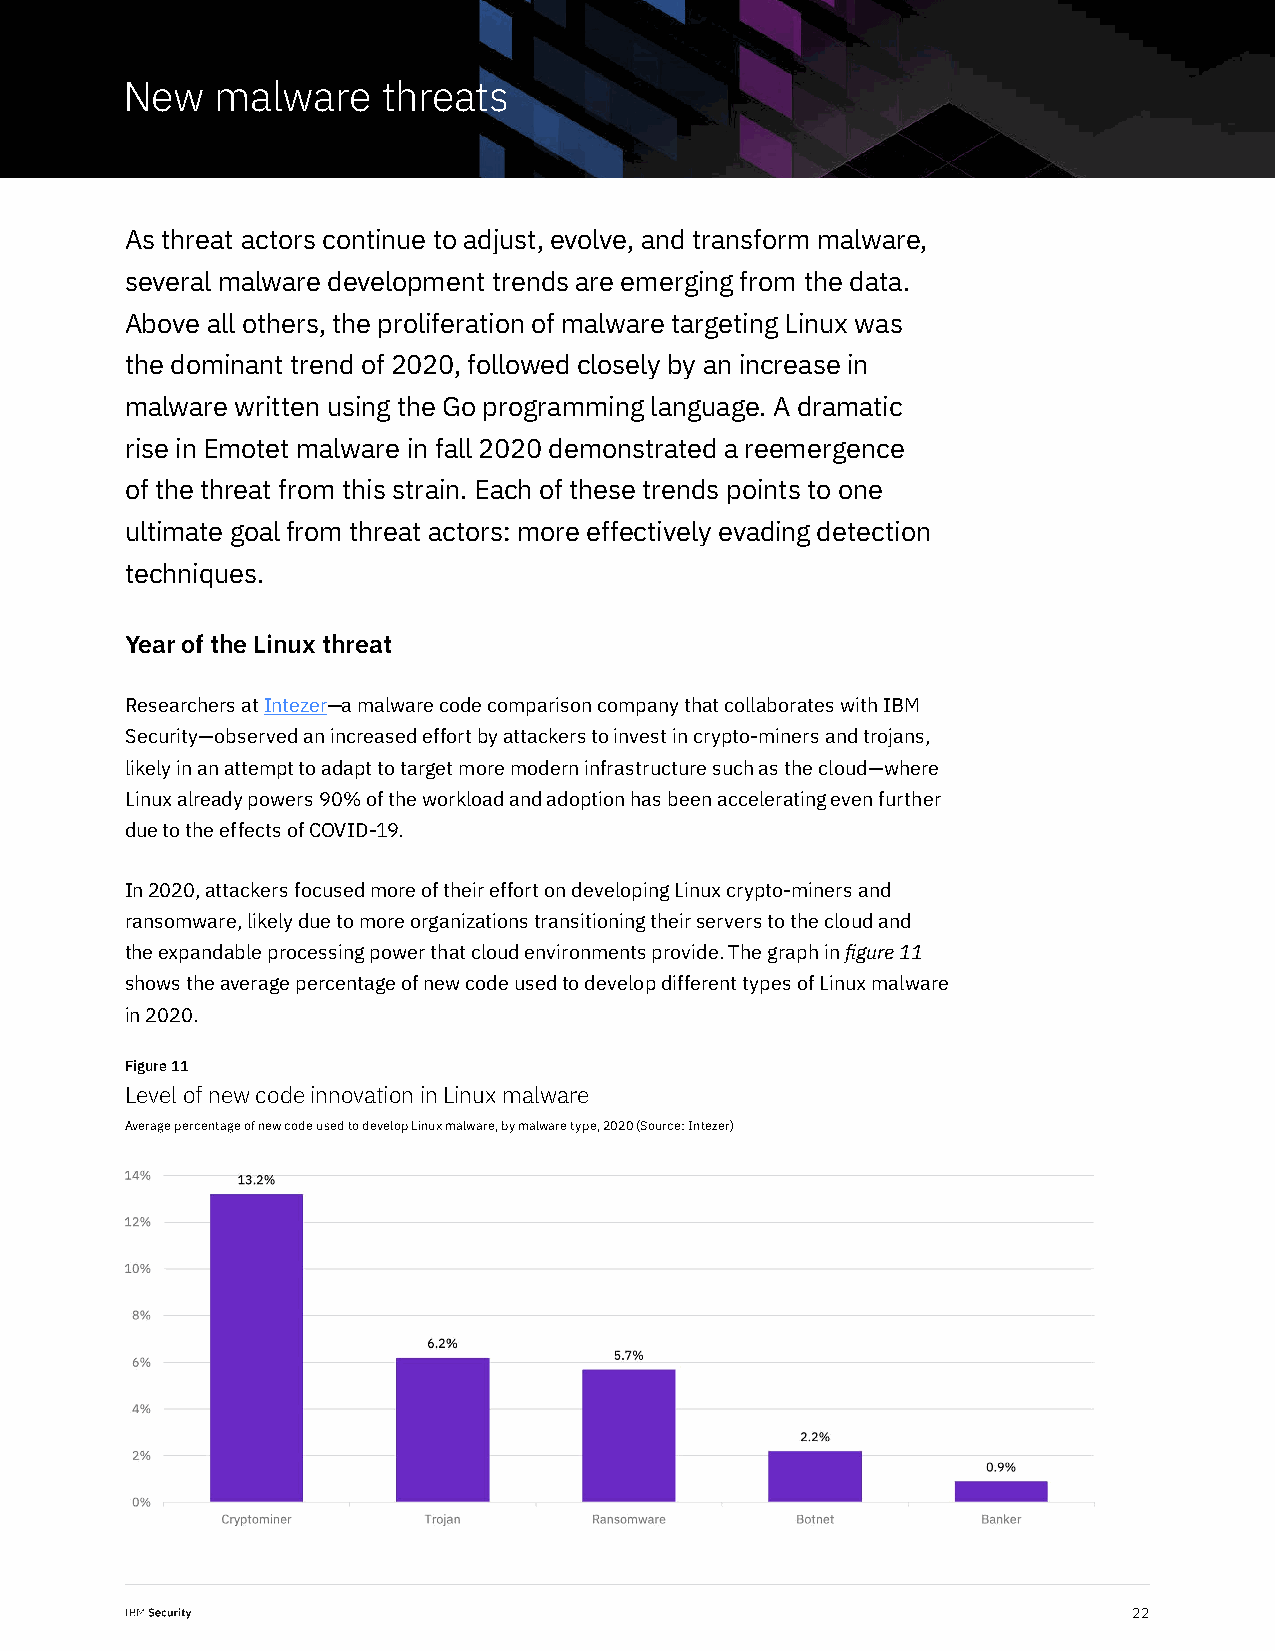
New   malware    threats
 As threat actors continue to adjust, evolve, and transform malware,
 several malware development trends are emerging from the data.
 Above all others, the proliferation of malware targeting Linux was
 the dominant trend of 2020, followed closely by an increase in
 malware written using the Go programming language. A dramatic
 rise in Emotet malware in fall 2020 demonstrated a reemergence
 of the threat from this strain. Each of these trends points to one
 ultimate goal from threat actors: more effectively evading detection
 techniques.
 Year of the Linux threat
 Researchers at Intezer—a malware code comparison company that collaborates with IBM
 Security—observed an increased effort by attackers to invest in crypto-miners and trojans,
 likely in an attempt to adapt to target more modern infrastructure such as the cloud—where
 Linux already powers 90% of the workload and adoption has been accelerating even further
 due to the effects of COVID-19.
 In 2020, attackers focused more of their effort on developing Linux crypto-miners and
 ransomware, likely due to more organizations transitioning their servers to the cloud and
 the expandable processing power that cloud environments provide. The graph in figure 11
 shows the average percentage of new code used to develop different types of Linux malware
 in 2020.
 Figure 11
 Level of new code innovation in Linux malware
 Average percentage of new code used to develop Linux malware, by malware type, 2020 (Source: Intezer)
 22